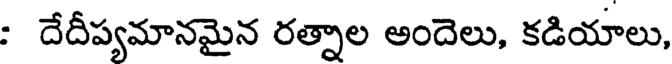
: దేదీప్యమానమైన రత్నాల అందెలు, కడియాలు,